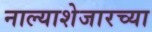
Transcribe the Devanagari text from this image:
नाल्याशेजारच्या